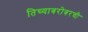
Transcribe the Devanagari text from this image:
तिच्याबरोबरची